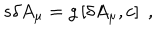
LaTeX: s \delta A _ { \mu } = g \left[ \delta A _ { \mu } , c \right] \; ,